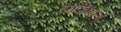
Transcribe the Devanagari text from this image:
टेरोडैक्टिला